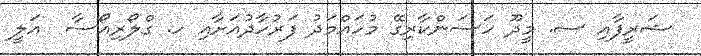
ޝަރީފާއި ސ. މީދޫ ހަސަންކާރިގޭ މުހައްމަދު ފަރުހާދުއަށާއި ހ. ގްލޯރިއޯސާ  އަލީ